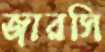
জারসি